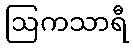
ဩကသာရီ